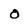
Character: 0